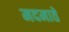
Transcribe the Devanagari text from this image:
मदमाते